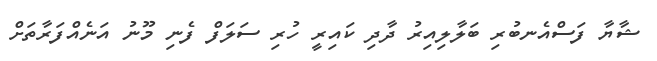
ޝާޔާ ފަސްއެނބުރި ބަލާލިއިރު ދާދި ކައިރީ ހުރި ސަލަފް ފެނި މޫނު އަނެއްފަރާތަށް